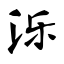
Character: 泺